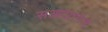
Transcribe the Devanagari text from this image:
सआदतगंज